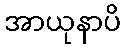
အာယုနာပိ